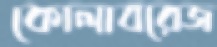
কোলাবরেজ